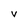
Character: V